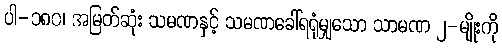
ပါ-၁၈၀၊ အမြတ်ဆုံး သမဏနှင့် သမဏခေါ်ရရုံမျှသော သာမဏ ၂-မျိုးကို